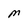
Character: M